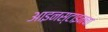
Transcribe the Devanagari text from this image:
आइनस्टाइनचा